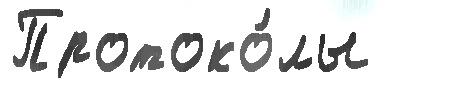
Протоко́лы